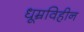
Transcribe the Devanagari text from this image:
धूम्रविहीन